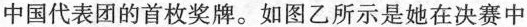
中国代表团的首枚奖牌。如图乙所示是她在决赛中